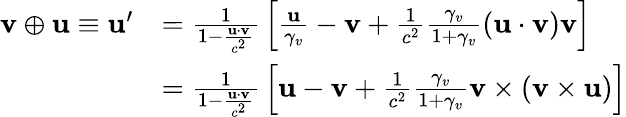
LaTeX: {\begin{array}{rl}{\mathbf{v}\oplus\mathbf{u}\equiv\mathbf{u}^{\prime}}&{={\frac{1}{1-{\frac{\mathbf{u}\cdot\mathbf{v}}{c^{2}}}}}\left[{\frac{\mathbf{u}}{\gamma_{v}}}-\mathbf{v}+{\frac{1}{c^{2}}}{\frac{\gamma_{v}}{1+\gamma_{v}}}(\mathbf{u}\cdot\mathbf{v})\mathbf{v}\right]}\\ &{={\frac{1}{1-{\frac{\mathbf{u}\cdot\mathbf{v}}{c^{2}}}}}\left[\mathbf{u}-\mathbf{v}+{\frac{1}{c^{2}}}{\frac{\gamma_{v}}{1+\gamma_{v}}}\mathbf{v}\times(\mathbf{v}\times\mathbf{u})\right]}\end{array}}